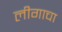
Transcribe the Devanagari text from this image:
लीगाचा